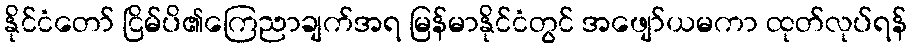
နိုင်ငံတော် ငြိမ်ပိ၏ကြေညာချက်အရ မြန်မာနိုင်ငံတွင် အဖျော်ယမကာ ထုတ်လုပ်ရန်